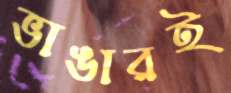
ভাঙারই